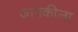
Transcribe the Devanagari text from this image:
जानकीला